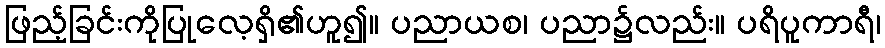
ဖြည့်ခြင်းကိုပြုလေ့ရှိ၏ဟူ၍။ ပညာယစ၊ ပညာ၌လည်း။ ပရိပူကာရီ၊